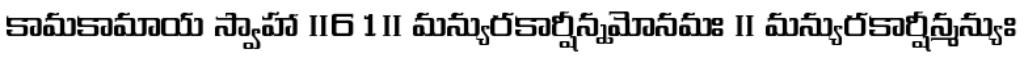
కామకామాయ స్వాహా ॥61॥ మన్యురకార్షీన్నమోనమః ॥ మన్యురకార్షీన్మన్యుః